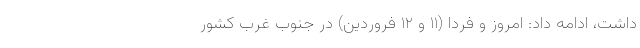
داشت، ادامه داد: امروز و فردا (۱۱ و ۱۲ فروردین) در جنوب غرب کشور